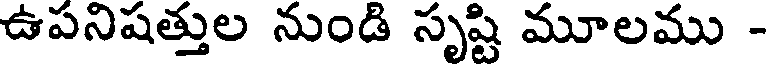
ఉపనిషత్తుల నుండి సృష్టి మూలము -